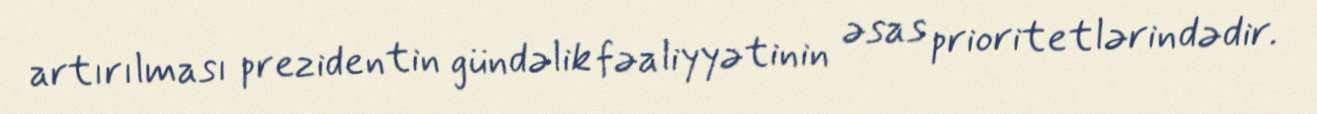
artırılması prezidentin gündəlik fəaliyyətinin əsas prioritetlərindədir.